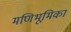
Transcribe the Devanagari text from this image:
मणिभूमिका